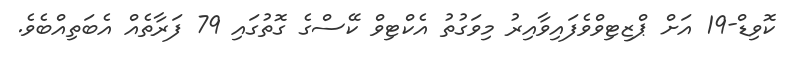
ކޮވިޑް-19 އަށް ޕްޒިޓިވްވެފައިވާއިރު މިވަގުތު އެކްޓިވް ކޭސްގެ ގޮތުގައި 79 ފަރާތެއް އެބަތިއްބެެވެ.